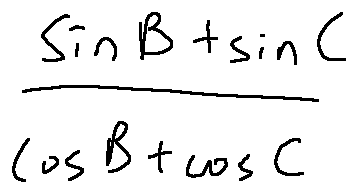
\frac { \sin B + \sin C } { \cos B + \cos C }